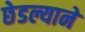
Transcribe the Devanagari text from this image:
छेडल्याने